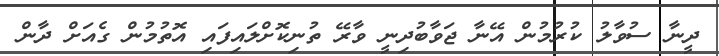
ދީނާ ސުވާލު ކުރުމުން އޭނާ ޖަވާބުދިނީ ވާރޭ ތުނިކޮށްލައިފައި އޮތުމުން ގެއަށް ދާން